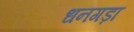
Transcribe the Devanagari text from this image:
धनगड़ा